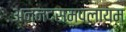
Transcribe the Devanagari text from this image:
अन्नदसमपलायम